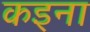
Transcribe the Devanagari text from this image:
कइना